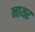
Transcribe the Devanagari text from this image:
नाथर